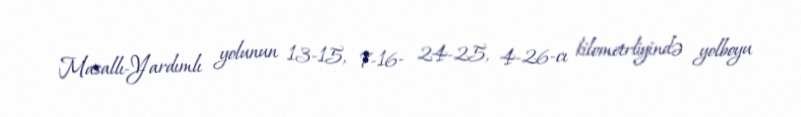
Masallı-Yardımlı yolunun 13-15, 7-16- 24-25, 4-26-cı kilometrliyində yolboyu